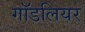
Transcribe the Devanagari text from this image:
गॉडलियर